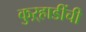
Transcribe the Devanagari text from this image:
कुऱ्हाडींची